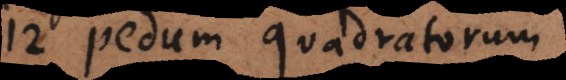
12 pedum quadratorum.